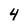
Character: 4